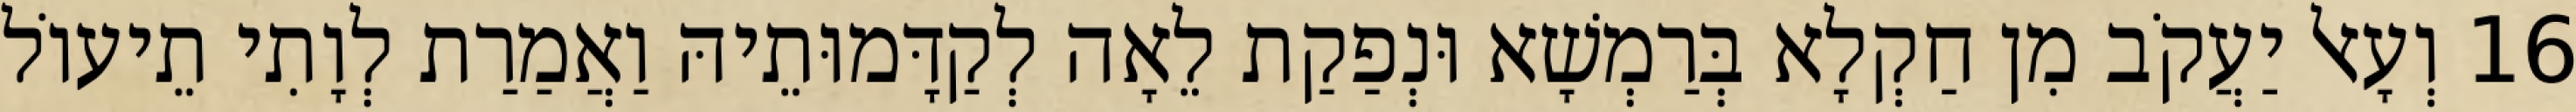
16 וְעָאל יַעֲקֹב מִן חַקְלָא בְּרַמְשָׁא וּנְפַקַת לֵאָה לְקַדָּמוּתֵיהּ וַאֲמַרַת לְוָתִי תֵיעוֹל